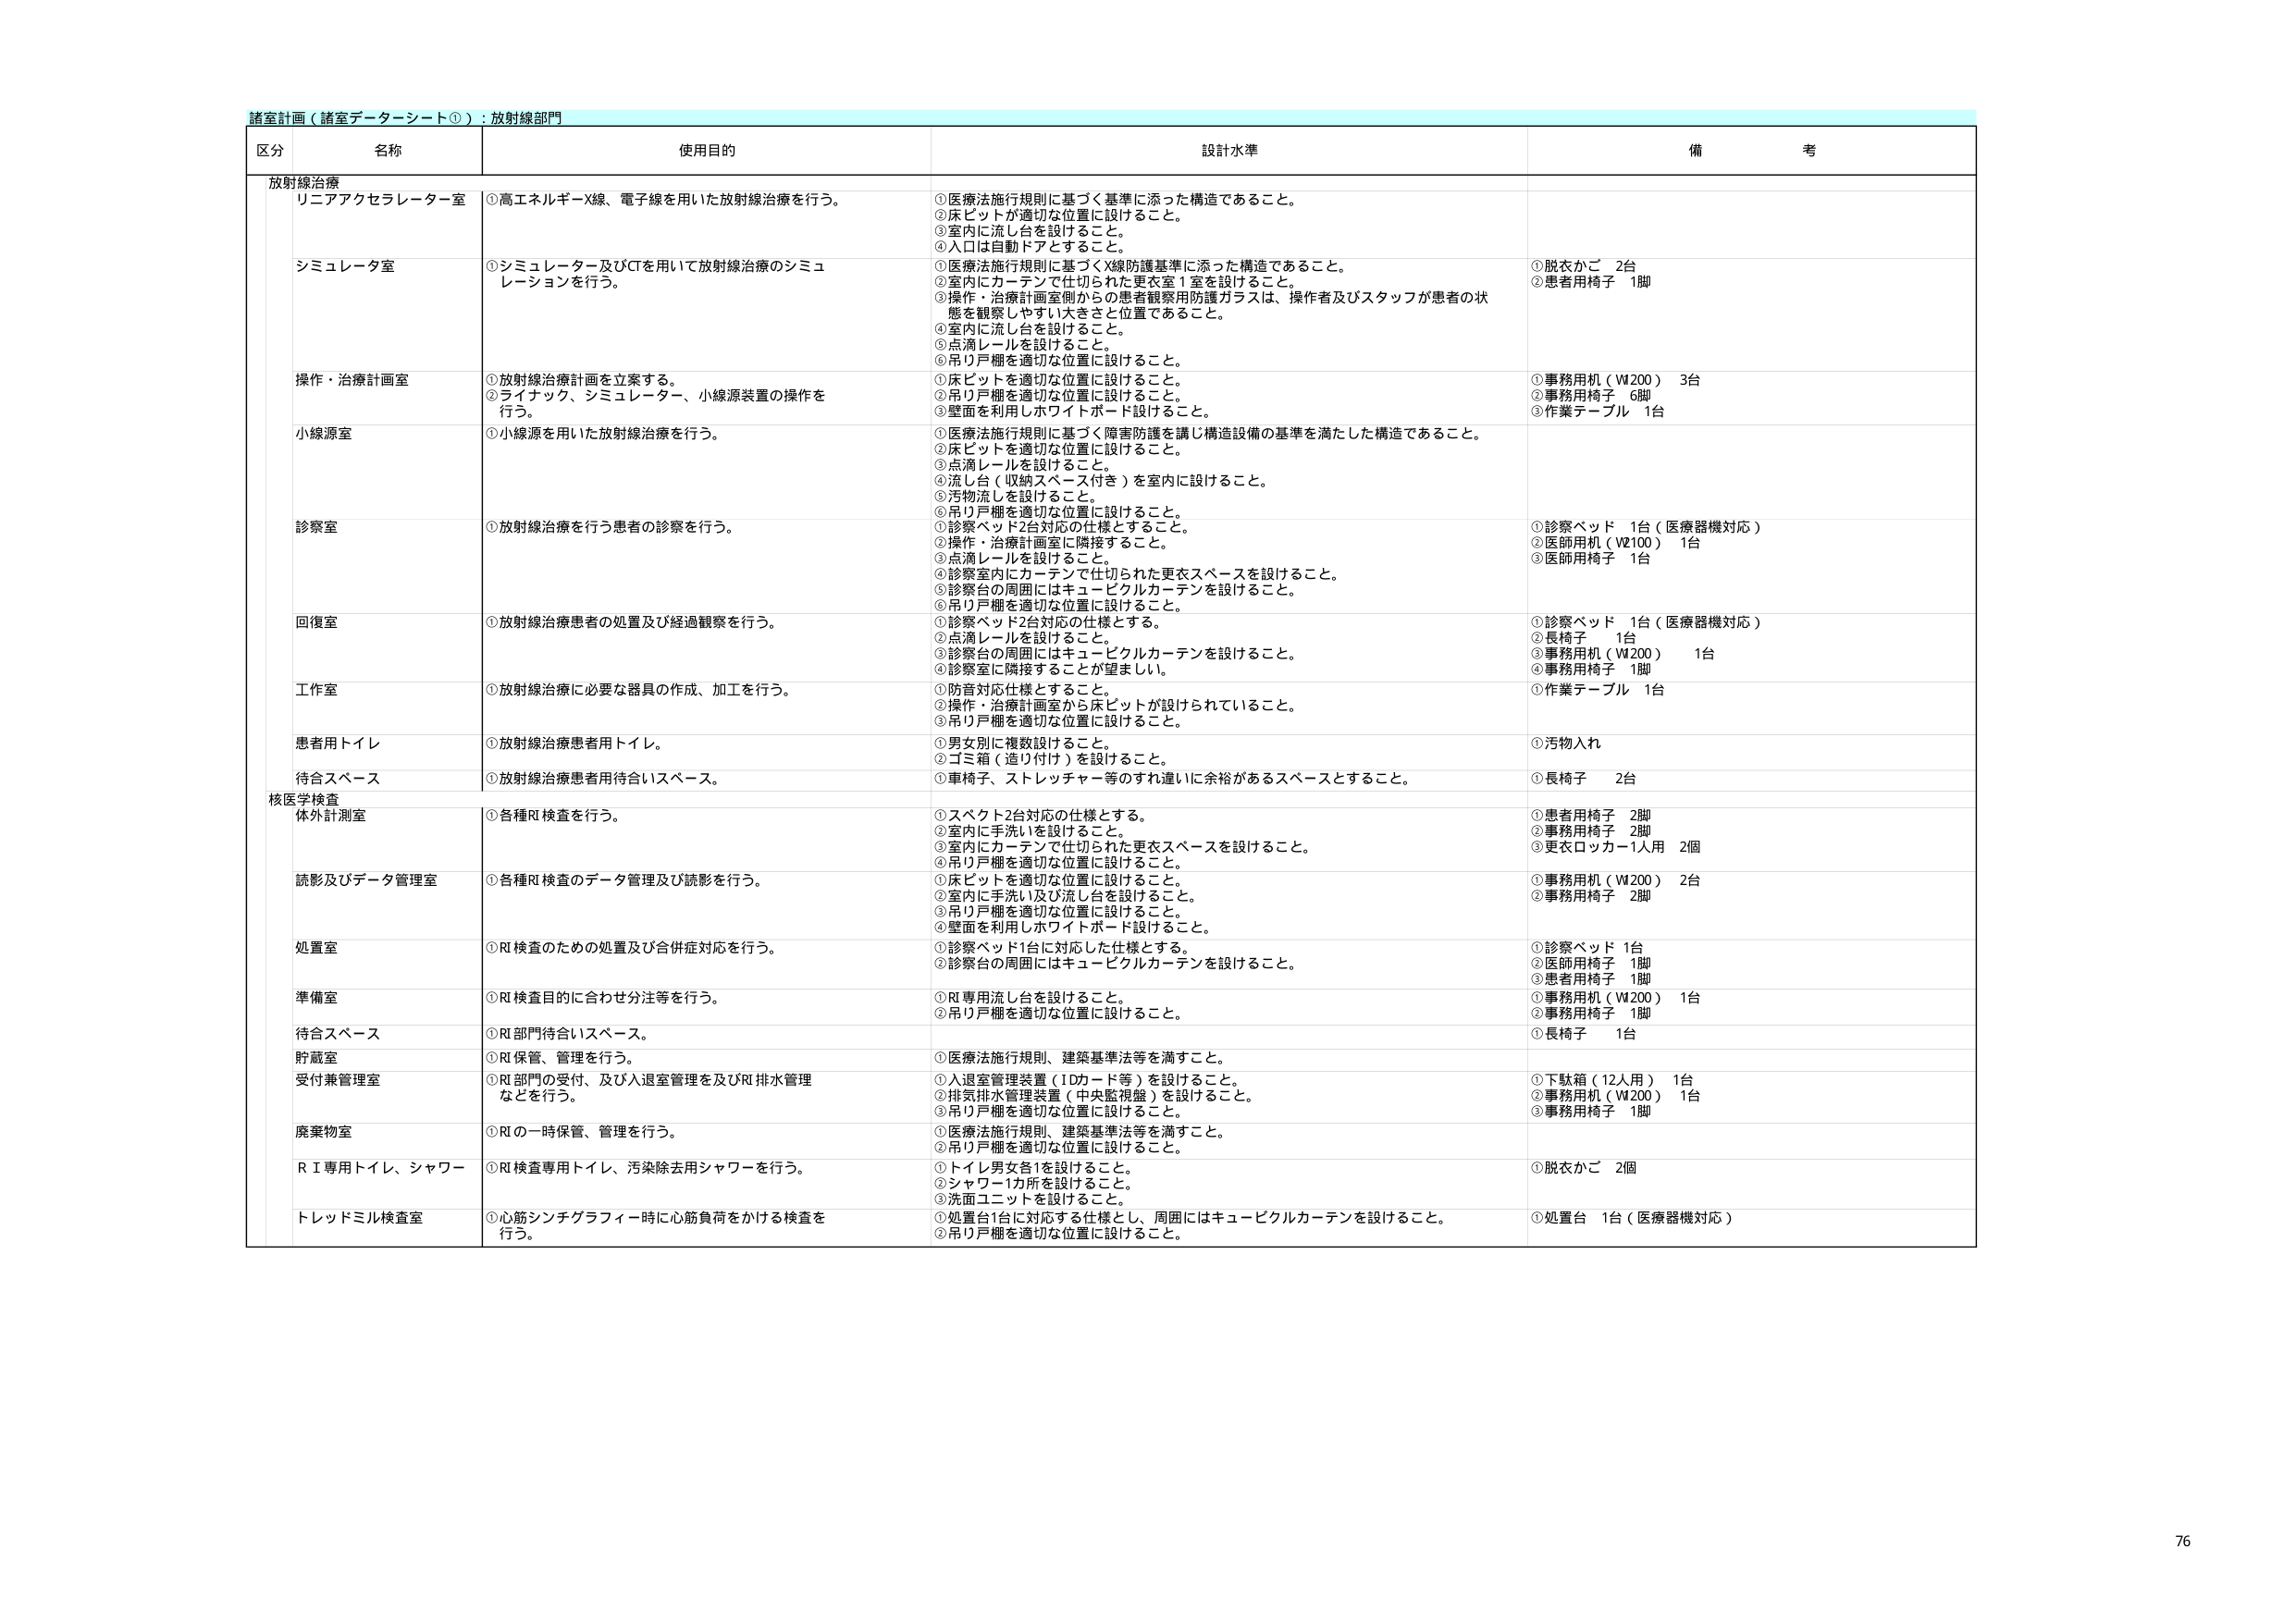
諸室計画（諸室データシート①）：放射線部門

区分 名称 使用目的 設計水準 備考

放射線治療
リニアアクセルレーター室 ①高エネルギーX線、電子線を用いた放射線治療を行う。 ①医療法施行規則に基づく基準に添った構造であること。 ②床ピットが適切な位置に設けること。 ③室内に流し台を設けること。 ④入口は自動ドアとすること。

シミュレータ室 ①シミュレーター及びCTを用いて放射線治療のシミュレーションを行う。 ①医療法施行規則に基づくX線防護基準に添った構造であること。 ②室内にカーテンで仕切られた更衣室1室を設けること。 ③操作・治療計画室側からの患者観察用防護ガラスは、操作者及びスタッフが患者の状態を観察しやすい大きさと位置であること。 ④室内に流し台を設けること。 ⑤点滴レールを設けること。 ⑥吊り戸棚を適切な位置に設けること。 ①脱衣かご 2台 ②患者用椅子 1脚

操作・治療計画室 ①放射線治療計画を立案する。 ②ライナック、シミュレーター、小線源装置の操作を行う。 ①床ピットを適切な位置に設けること。 ②吊り戸棚を適切な位置に設けること。 ③壁面を利用しホワイトボード設けること。 ①事務用机（W200） 3台 ②事務用椅子 6脚 ③作業テーブル 1台

小線源室 ①小線源を用いた放射線治療を行う。 ①医療法施行規則に基づく障害防護を講じ構造設備の基準を満たした構造であること。 ②床ピットを適切な位置に設けること。 ③点滴レールを設けること。 ④流し台（収納スペース付き）を室内に設けること。 ⑤汚物流しを設けること。 ⑥吊り戸棚を適切な位置に設けること。

診察室 ①放射線治療を行う患者の診察を行う。 ①診察ベッド2台対応の仕様とすること。 ②操作・治療計画室に隣接すること。 ③点滴レールを設けること。 ④診察室内にカーテンで仕切られた更衣スペースを設けること。 ⑤診察台の周囲にはキュービクルカーテンを設けること。 ⑥吊り戸棚を適切な位置に設けること。 ①診察ベッド 1台（医療器機対応） ②医師用机（W100） 1台 ③医師用椅子 1台

回復室 ①放射線治療患者の処置及び経過観察を行う。 ①診察ベッド2台対応の仕様とする。 ②点滴レールを設けること。 ③診察台の周囲にはキュービクルカーテンを設けること。 ④診察室に隣接することが望ましい。 ①診察ベッド 1台（医療器機対応） ②長椅子 1台 ③事務用机（W200） 1台 ④事務用椅子 1脚

工作室 ①放射線治療に必要な器具の作成、加工を行う。 ①防音対応仕様とすること。 ②操作・治療計画室から床ピットが設けられていること。 ③吊り戸棚を適切な位置に設けること。 ①作業テーブル 1台

患者用トイレ ①放射線治療患者用トイレ。 ①男女別に複数設けること。 ②ゴミ箱（造り付け）を設けること。 ①汚物入れ

待合スペース ①放射線治療患者用待合いスペース。 ①車椅子、ストレッチャー等のすれ違いに余裕があるスペースとすること。 ①長椅子 2台

核医学検査
体外計測室 ①各種RI検査を行う。 ①スペクト2台対応の仕様とする。 ②室内に手洗いを設けること。 ③室内にカーテンで仕切られた更衣スペースを設けること。 ④吊り戸棚を適切な位置に設けること。 ①患者用椅子 2脚 ②事務用椅子 2脚 ③更衣ロッカー1人用 2個

読影及びデータ管理室 ①各種RI検査のデータ管理及び読影を行う。 ①床ピットを適切な位置に設けること。 ②室内に手洗い及び流し台を設けること。 ③吊り戸棚を適切な位置に設けること。 ④壁面を利用しホワイトボード設けること。 ①事務用机（W200） 2台 ②事務用椅子 2脚

処置室 ①RI検査のための処置及び合併症対応を行う。 ①診察ベッド1台に対応した仕様とする。 ②診察台の周囲にはキュービクルカーテンを設けること。 ①診察ベッド 1台 ②医師用椅子 1脚 ③患者用椅子 1脚

準備室 ①RI検査目的に合わせ分注等を行う。 ①RI専用流し台を設けること。 ②吊り戸棚を適切な位置に設けること。 ①事務用机（W200） 1台 ②事務用椅子 1脚

待合スペース ①RI部門待合いスペース。 ①長椅子 1台

貯蔵室 ①RI保管、管理を行う。 ①医療法施行規則、建築基準法等を満すこと。

受付兼管理室 ①RI部門の受付、及び入退室管理を及びRI排水管理などを行う。 ①入退室管理装置（IDカード等）を設けること。 ②排気排水管理装置（中央監視盤）を設けること。 ③吊り戸棚を適切な位置に設けること。 ①下駄箱（12人用） 1台 ②事務用机（W200） 1台 ③事務用椅子 1脚

廃棄物室 ①RIの一時保管、管理を行う。 ①医療法施行規則、建築基準法等を満すこと。 ②吊り戸棚を適切な位置に設けること。

R I専用トイレ、シャワー ①RI検査専用トイレ、汚染除去用シャワーを行う。 ①トイレ男女各1を設けること。 ②シャワー1カ所を設けること。 ③洗面ユニットを設けること。 ①脱衣かご 2個

トレッドミル検査室 ①心筋シンチグラフィー時に心筋負荷をかける検査を行う。 ①処置台1台に対応する仕様とし、周囲にはキュービクルカーテンを設けること。 ②吊り戸棚を適切な位置に設けること。 ①処置台 1台（医療器機対応）

76